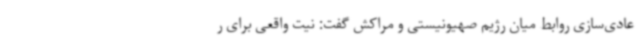
عادی‌سازی روابط میان رژیم صهیونیستی و مراکش گفت: نیت واقعی برای ر